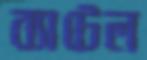
ব্যাটেল